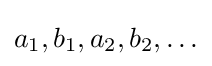
a_{1},b_{1},a_{2},b_{2},\ldots